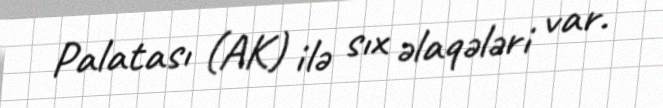
Palatası (AK) ilə sıx əlaqələri var.